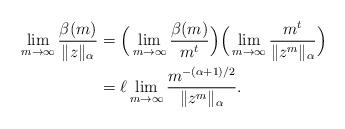
LaTeX: \begin{align*}\lim_{m\to\infty}\dfrac{\beta(m)}{\|z\|_{\alpha}} & = \Big(\lim_{m\to\infty}\dfrac{\beta(m)}{m^{t}}\Big)\Big(\lim_{m\to\infty}\dfrac{m^{t}}{\|z^m\|_{\alpha}}\Big)\\& = \ell\lim_{m\to\infty}\dfrac{m^{-(\alpha+1)/2}}{\|z^m\|_{\alpha}}.\end{align*}